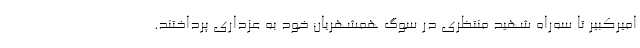
امیرکبیر تا سه‌راه شهید منتظری در سوگ همشهریان خود به عزداری پرداختند.